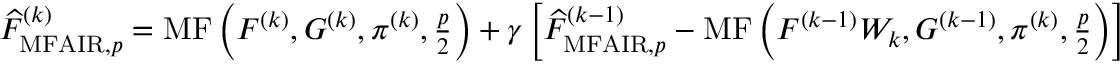
\begin{array} { r } { \widehat { F } _ { \mathrm { M F A I R } , p } ^ { ( k ) } = \operatorname { M F } \left( F ^ { ( k ) } , G ^ { ( k ) } , \pi ^ { ( k ) } , \frac { p } { 2 } \right) + \gamma \left[ \widehat { F } _ { \mathrm { M F A I R } , p } ^ { ( k - 1 ) } - \operatorname { M F } \left( F ^ { ( k - 1 ) } W _ { k } , G ^ { ( k - 1 ) } , \pi ^ { ( k ) } , \frac { p } { 2 } \right) \right] } \end{array}